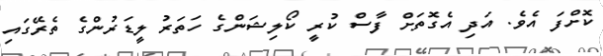
ކޮށްފަ އެވެ. އަދި އެގޮތަށް ފާސް ކުރީ ކޯލިޝަންގެ ހަތަރު ލީޑަރުންގެ ތެރޭގައި